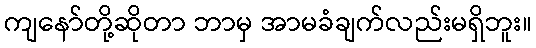
ကျနော်တို့ဆိုတာ ဘာမှ အာမခံချက်လည်းမရှိဘူး။